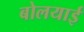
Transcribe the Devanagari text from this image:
बोलयाई